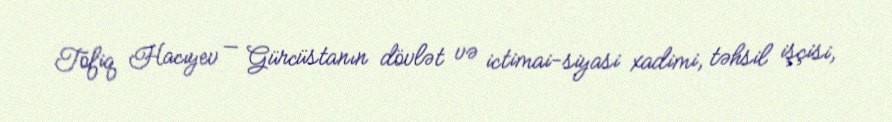
Tofiq Hacıyev — Gürcüstanın dövlət və ictimai-siyasi xadimi, təhsil işçisi,